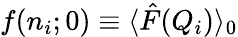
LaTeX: f(n_{i};0)\equiv\langle\hat{F}(Q_{i})\rangle_{0}